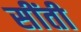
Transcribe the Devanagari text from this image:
सींती